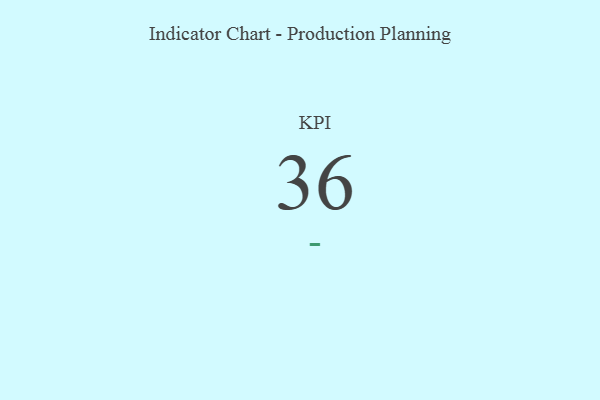
{"axis": {"x": "KPI", "y": "Value"}, "legend": [""], "data": [{"x": "KPI", "y": 36, "type": ""}]}